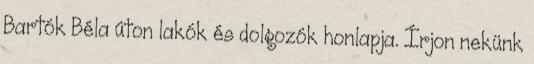
Bartók Béla úton lakók és dolgozók honlapja. Írjon nekünk